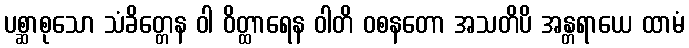
ပစ္ဆာစုသော သံခိတ္တေန ဝါ ဝိတ္ထာရေန ဝါတိ ဝစနတော အသတိပိ အန္တရာယေ ထာမံ